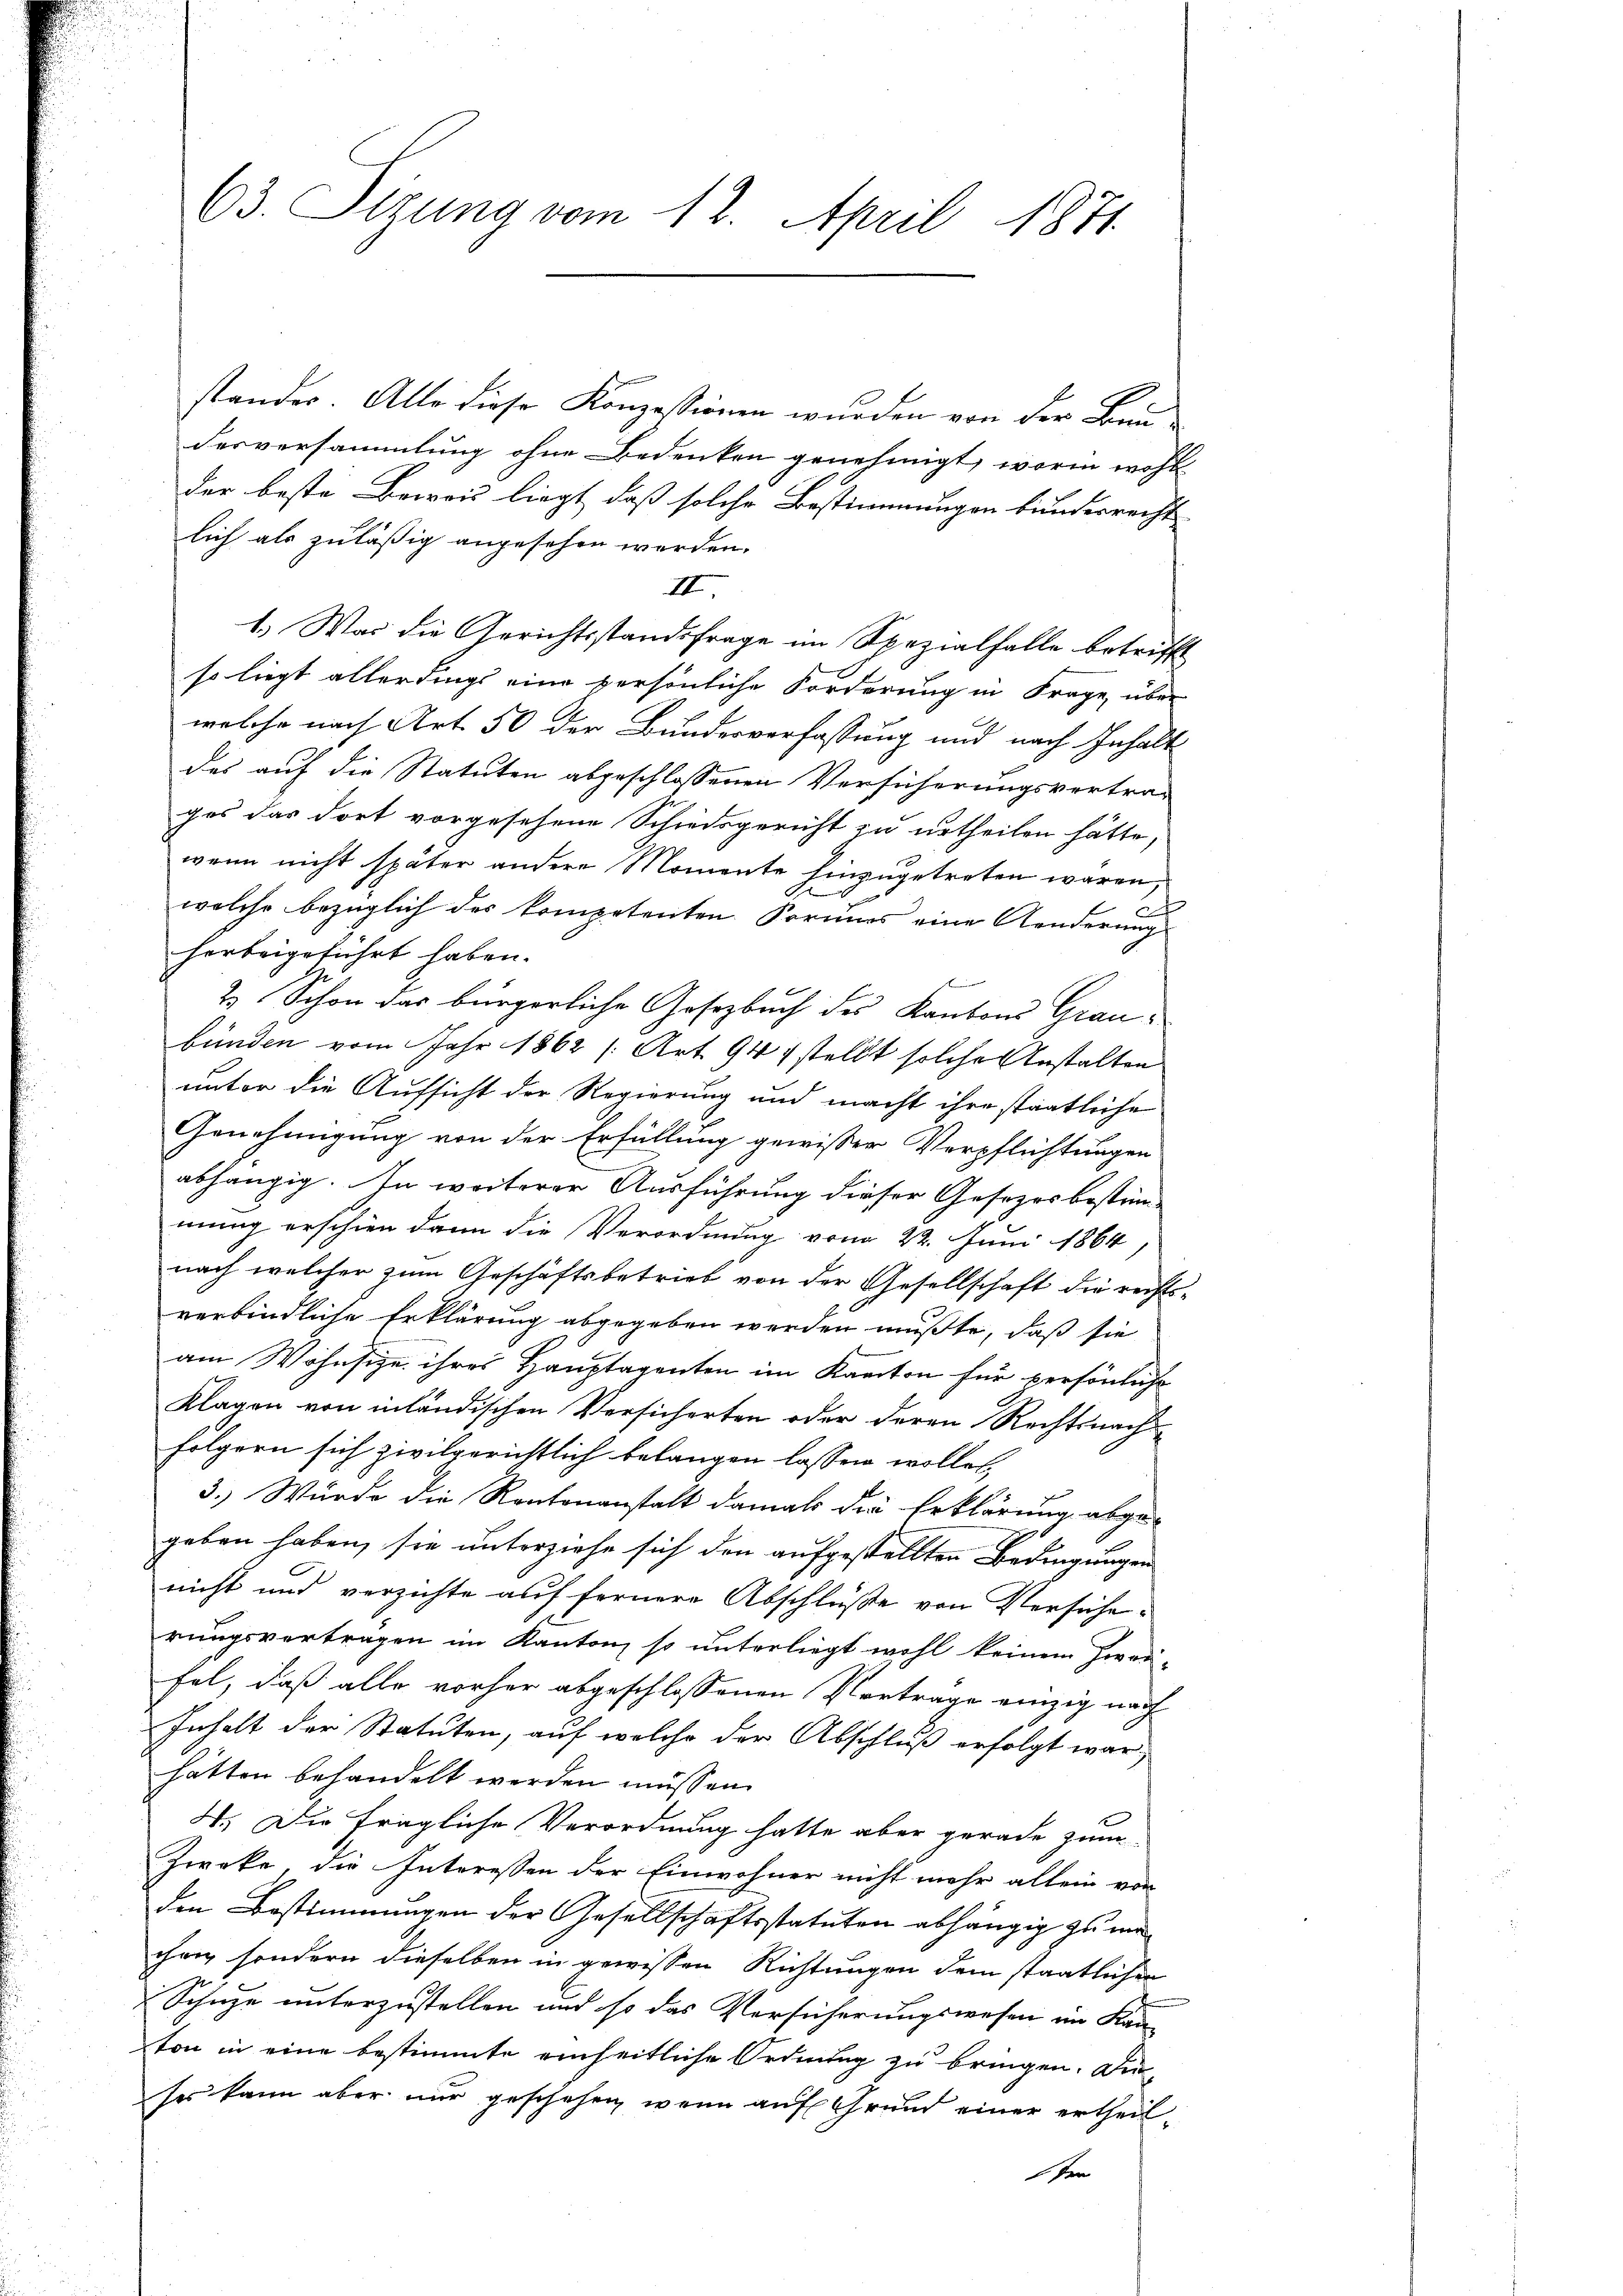
63. Sizung vom 12. April 1871.

stander. Alle diese Konzessionen wurden von der Bundesversammlung ohne Bedenken genehmigt, worin wohl
der beste Bewois liegt, daß solche Bestimmungen bunderrecht
lich als zuläßig angesehen werden.
II
1.) Was die Gerichtsstandsfrage im Spezialfalle betriffe
so liegt allerdings eine persönliche Forderung in Frage, über
welche nach Art. 50 der Bundesverfassung und nach Inhalt
des auf die Statuten abgeschlossenen Versicherungsvertra-
ges das dort vorgesehene Schiedsgericht zu urtheilen hätte,
wenn nicht später andere Momente hinzugetreten wären,
.
welche bezüglich des kompetenten Vormis eine Aenderung
herbeigeführt haben.
2 Schon das bürgerliche Gesetzbuch des Kantons Graubünden vom Jahr 1862 (Art. 947 stellt solche Anstalten
unter die Aufsicht der Regierung und macht ihre staatliche
Genehmigung von der Erfüllung gewisser Verpflichtungen
abhängig. In weiterer Ausführung dieser Gesezes bestimmung erschien dann die Verordnung vom 22. Juni 1864,
nach welcher zum Geschäftsbetrieb von der Gesellschaft die rechts-
verbindliche Erklärung abgegeben werden mußte, daß sie
am Wohnsitze ihres Hauptagenten im Kanton für persönliche
Klagen von inländischen Versicherten oder deren Rechtsnachfolgern sich zivilgerichtlich belangen lassen wollet,
3.) Würde die Rantonanstalt damals die Erklärung abgegeben haben, sie unterziehe sich den aufgestellten Bedingungen
nicht und verzichte auf fernere Abschlüße von Versicherungsvertragen im Kanton, so unterliegt wohl keinem Zwei-
fel, daß alle vorher abgeschlossenen Vertrage einzig nach
Inhalt der Statuten, auf welche der Abschluß erfolgt war,
hätten behandelt werden müssen.
4. Die fragliche Verordnung hatte aber gerade zum
Zweke, die Interessen der Einwohner nicht mehr allein von
den Bestimmungen der Gesellschaftsstatuten abhängig zu ma
chanz sondern dieselben in gewissen Richtungen dem staatlichen
Schüze unterzustellen und so das Versicherungswesen im Kan-
ton in eine bestimmte einheitliche Ordnung zu bringen. Die
ses kann aber nur geschehen, wenn auf Grund einer ertheilsen